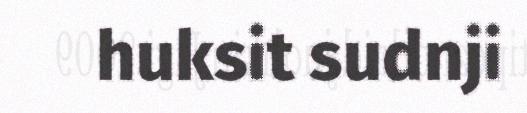
huksit sudnji